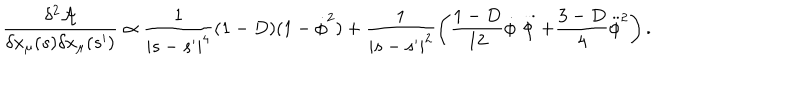
\frac { \delta ^ { 2 } \mathcal { A } } { \delta x _ { \mu } ( s ) \delta x _ { \mu } ( s ^ { \prime } ) } \propto \frac { 1 } { | s - s ^ { \prime } | ^ { 4 } } ( 1 - D ) ( 1 - \dot { \phi } ^ { 2 } ) + \frac { 1 } { | s - s ^ { \prime } | ^ { 2 } } \left( \frac { 1 - D } { 1 2 } \dot { \phi } \stackrel { { \, . . . } } { \phi } + \frac { 3 - D } { 4 } \ddot { \phi } ^ { 2 } \right) .